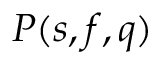
P ( s , f , q )